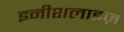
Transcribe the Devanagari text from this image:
इनीशलाइज़